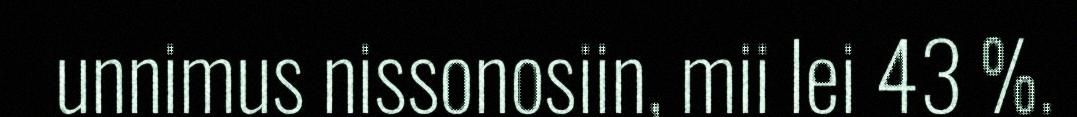
unnimus nissonosiin, mii lei 43 %.